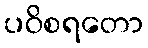
ပဝိစရတော